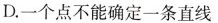
D.一个点不能确定一条直线